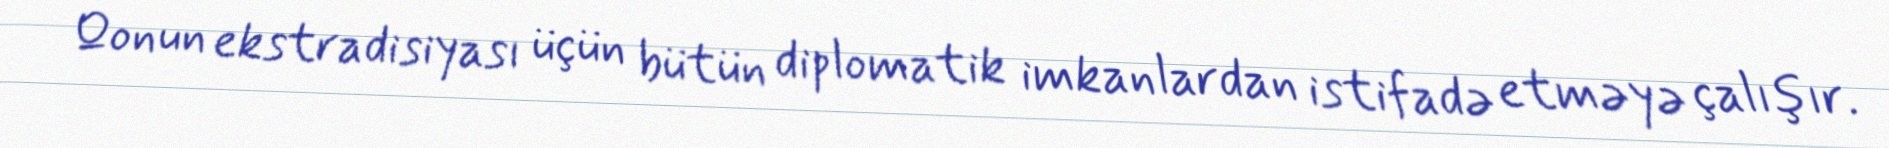
Qonun ekstradisiyası üçün bütün diplomatik imkanlardan istifadə etməyə çalışır.